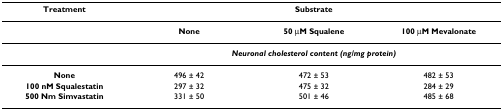
<table><thead><tr><td><b>Treatment</b></td><td colspan="3"><b>Substrate</b></td></tr></thead><tbody><tr><td></td><td><b>None</b></td><td><b>50 μM Squalene</b></td><td><b>100 μM Mevalonate</b></td></tr><tr><td></td><td colspan="3"><b><i>Neuronal cholesterol content (ng/mg protein)</i></b></td></tr><tr><td><b>None</b></td><td>496 ± 42</td><td>472 ± 53</td><td>482 ± 53</td></tr><tr><td><b>100 nM Squalestatin</b></td><td>297 ± 32</td><td>475 ± 32</td><td>284 ± 29</td></tr><tr><td><b>500 Nm Simvastatin</b></td><td>331 ± 50</td><td>501 ± 46</td><td>485 ± 68</td></tr></tbody></table>